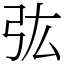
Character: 㢬